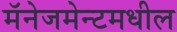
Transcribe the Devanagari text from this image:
मॅनेजमेन्टमधील